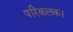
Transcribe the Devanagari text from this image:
परिकलक।